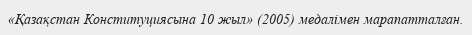
«Қазақстан Конституциясына 10 жыл» (2005) медалімен марапатталған.